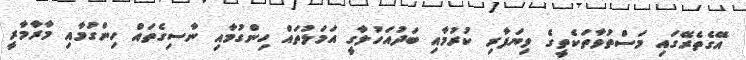
އޭގެތެރޭގައި މަސްތުވާތަކެތީގެ ވިޔަފާރި ކުރުމާއި ބަދުއަހުލާގީ އަމަލުތައް ހިންގުމާއި ނާސިގެތައް ހިންގުމާއި މާރާމާރީ